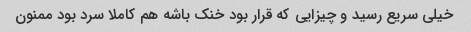
خیلی سریع رسید و چیزایی که قرار بود خنک باشه هم کاملا سرد بود ممنون